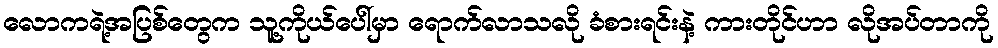
လောကရဲ့အပြစ်တွေက သူ့ကိုယ်ပေါ်မှာ ရောက်လာသလို ခံစားရင်းနဲ့ ကားတိုင်ဟာ လိုအပ်တာကို